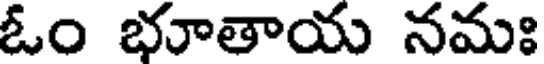
ఓం భూతాయ నమః